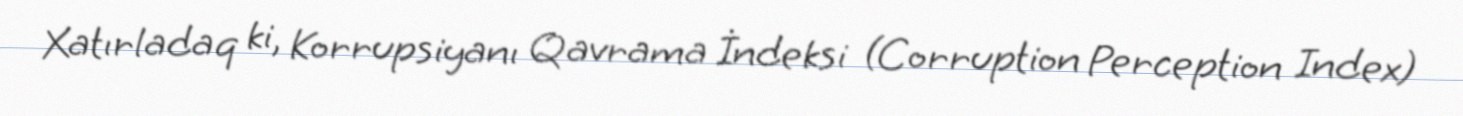
Xatırladaq ki, Korrupsiyanı Qavrama İndeksi (Corruption Perception Index)